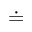
\doteq